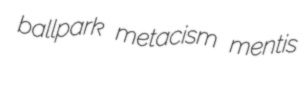
ballpark metacism mentis